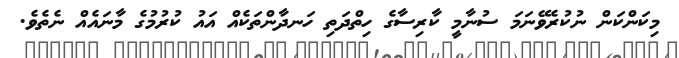
މިކަންކަން ނުކުރެވޭނަމަ ސުނާމީ ކާރިސާގެ ހިތްދަތި ހަނދާންތަކެއް އައު ކުރުމުގެ މާނައެއް ނެތެވެ.